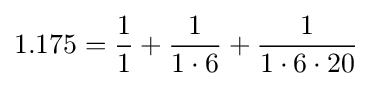
1.175={\frac {1}{1}}+{\frac {1}{1\cdot 6}}+{\frac {1}{1\cdot 6\cdot 20}}